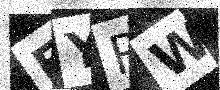
Text: FYRW